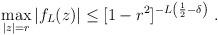
LaTeX: \begin{align*}\max_{|z|=r}|f_L(z)|\leq [1-r^2]^{-L\left(\frac{1}{2}-\delta\right)}\ .\end{align*}